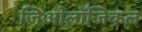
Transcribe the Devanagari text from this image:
जिओलॉजिकल